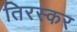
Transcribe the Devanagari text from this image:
तिरस्कर